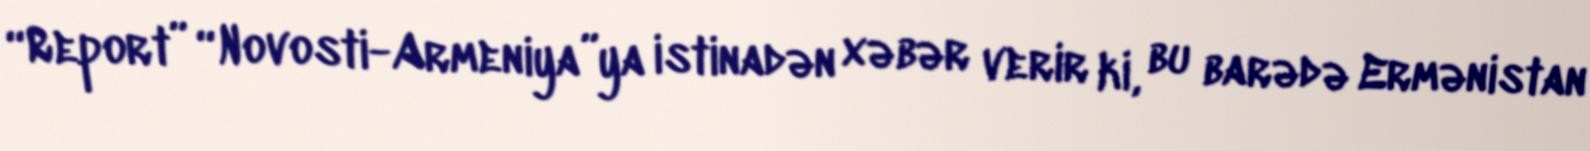
“Report” “Novosti-Armeniya”ya istinadən xəbər verir ki, bu barədə Ermənistan